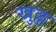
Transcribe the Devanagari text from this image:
खुल्ल